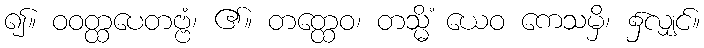
၍။ ဝဝတ္ထပေတဗ္ဗံ၊ ၏။ တတ္ထေဝ၊ တသ္မိံ ယေဝ ကေသမှိ၊ ၌လျှင်။